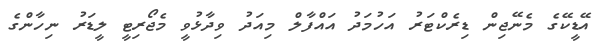
އޭޑީކޭގެ މެނޭޖިން ޑިރެކްޓަރު އަހުމަދު އައްފާލް މިއަދު ވިދާޅުވީ މެޖޯރިޓީ ލީޑަރު ނިހާންގެ